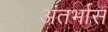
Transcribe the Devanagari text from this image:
अंतर्भास